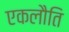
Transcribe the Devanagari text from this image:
एकलौति